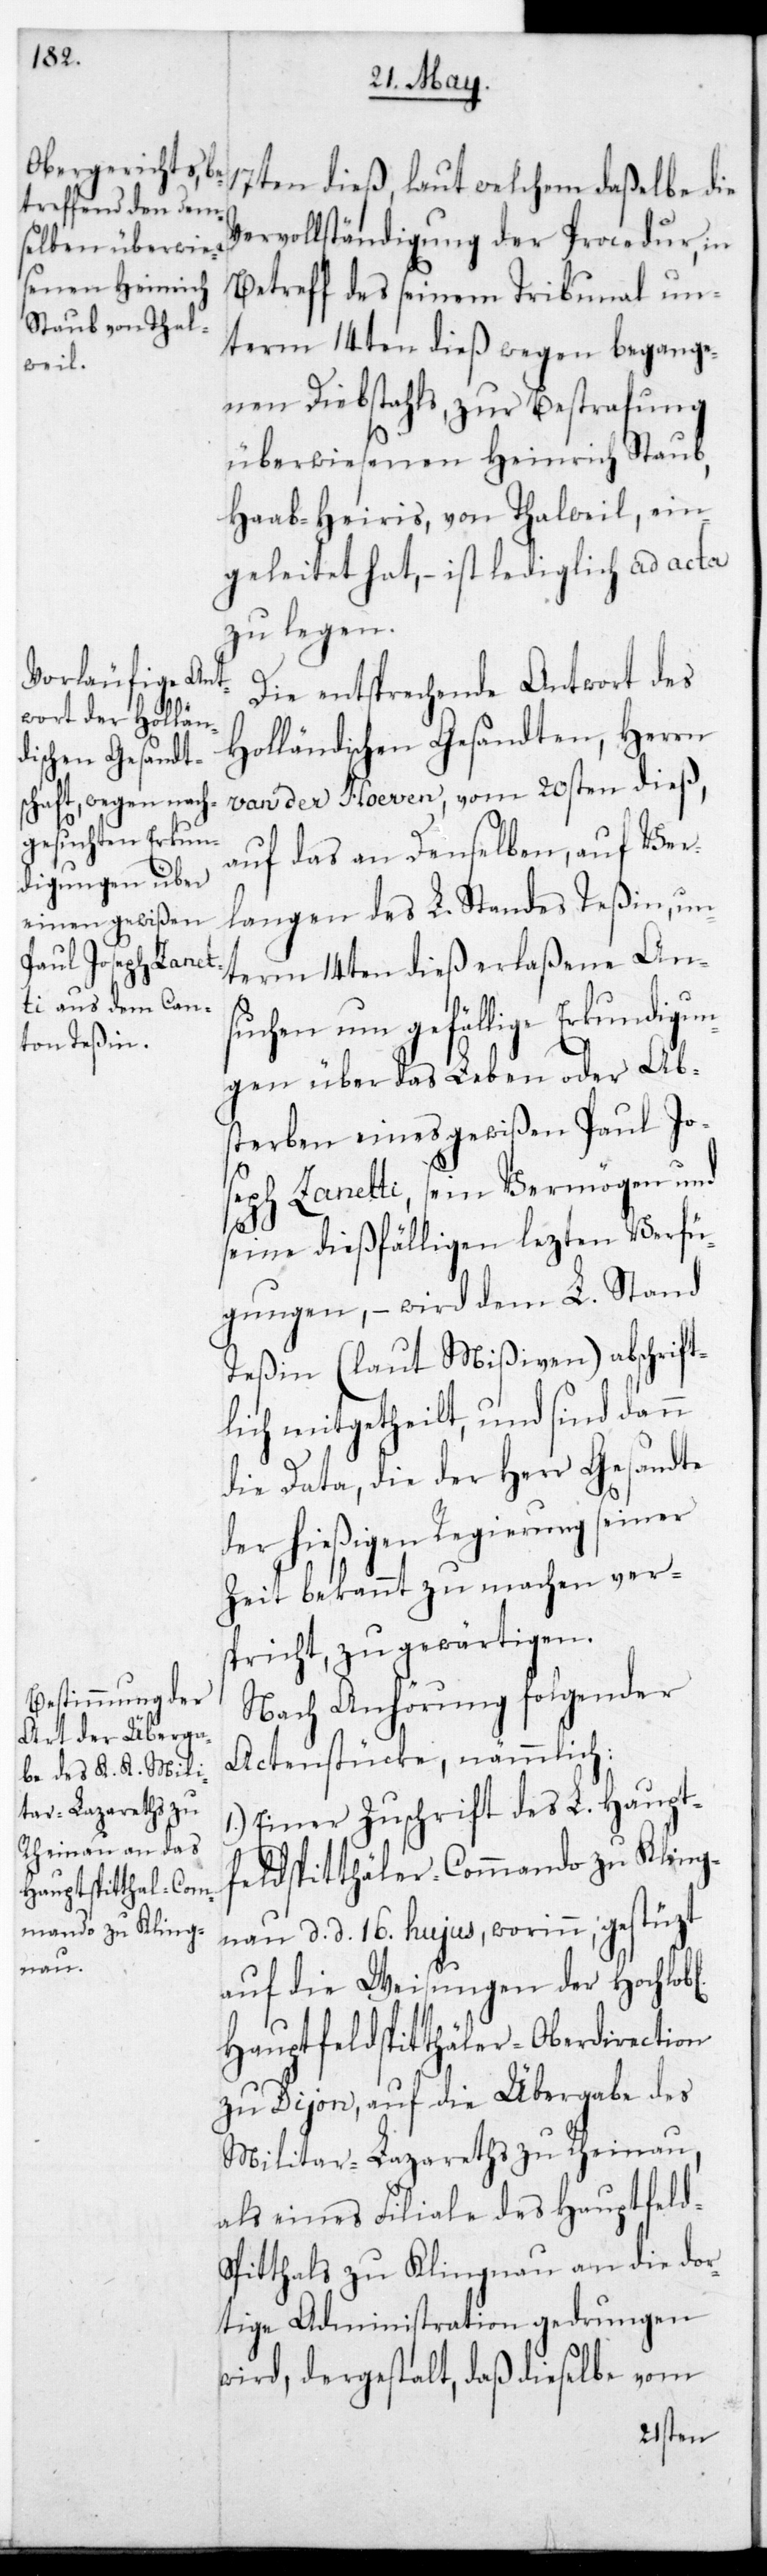
nau, datiert

17ten dieß, laut welchem daßelbe die
Vervollständigung der Procedur, in
Betreff des seinem Tribunal un¬
term 14ten dieß wegen begange¬
nen Diebstahls zur Bestrafung
überwiesenen Heinrich Staub,
Haab-Heiris von Thalweil, ein¬
geleitet hat, – ist lediglich ad acta
zu legen.
Die entsprechende Antwort des
Holländischen Gesandten, Herrn
van der Hoeven vom 20sten dieß,
auf das an denselben, auf Ver¬
langen des L. Standes Teßin, un¬
term 14ten dieß erlaßene An¬
suchen um gefällige Erkundigun¬
gen über das Leben oder Ab¬
sterben eines gewißen Paul Jo¬
seph Zanetti, sein Vermögen und
seine dießfälligen letzten Verfü¬
gungen, – wird dem L. Stand
Teßin (laut Mißiven) abschrift¬
lich mitgetheilt, und sind dann
die Data, die der Herr Gesandte
der hießigen Regierung seiner
Zeit bekannt zu machen vers¬
pricht, zu gewärtigen.
Nach Anhörung folgender
Actenstücke, nämmlich:
Einer Zuschrift des L. Haupt¬
feldspitthäler-Commando zu Kling¬
auf die Weisungen der hochL.
Hauptfeldspitthäler-Oberdirection
zu Dijon, auf die Übergabe des
Militär-Lazareths zu Rheinau,
als eines Filiale des Hauptfeld¬
spitthals zu Klingnau an die dor¬
tige Administration gedrungen
wird, dergestalt, daß dieselbe vom